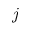
j